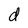
Character: d